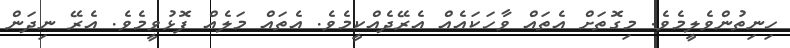
ހިނިތުންވެލީމެވެ. މިގޮތަށް އެތައް ވާހަކައެއް އެރޭދެއްކީމެވެ. އެތައް މަލެއް ފޮޅުވީމެވެ. އެރޭ ނިދަން